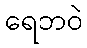
ရေဘဝဲ